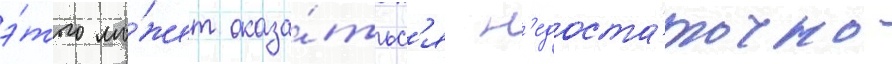
э́того мо́жет оказа́тьс'я н'едоста́точно